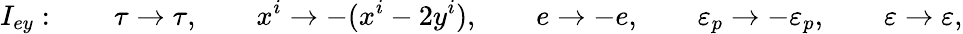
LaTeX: I_{ey}:\qquad\tau\rightarrow\tau,\qquad x^{i}\rightarrow-(x^{i}-2y^{i}),\qquad e\rightarrow-e,\qquad\varepsilon_{p}\rightarrow-\varepsilon_{p},\qquad\varepsilon\rightarrow\varepsilon,